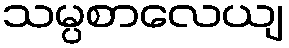
သမ္ပစာလေယျ